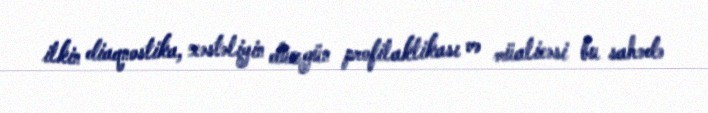
ilkin diaqnostika, xəstəliyin düzgün profilaktikası və müalicəsi bu sahədə